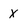
Character: X